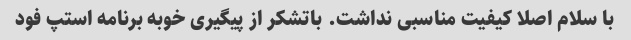
با سلام اصلا کیفیت مناسبی نداشت. باتشکر از پیگیری خوبه برنامه استپ فود